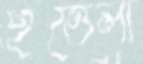
ইত্তেলা